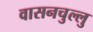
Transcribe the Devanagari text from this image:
वासनचुल्लु